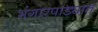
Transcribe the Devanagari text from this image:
भंगारपाड्यात